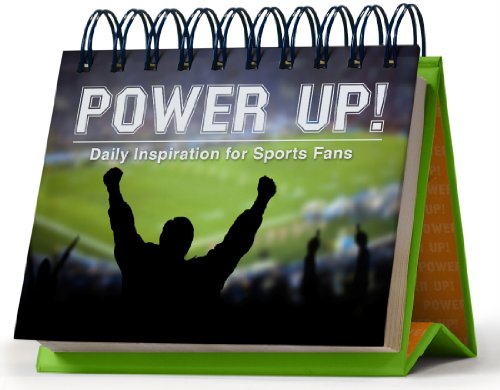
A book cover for Power Up! Perpetual Calendar: Daily Inspiration for Sports Fans; Calendars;